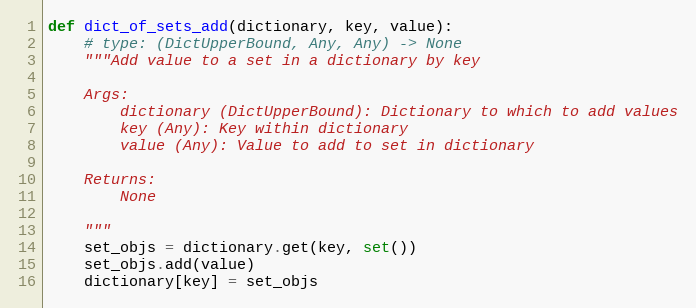
Language: Python
def dict_of_sets_add(dictionary, key, value):
    # type: (DictUpperBound, Any, Any) -> None
    """Add value to a set in a dictionary by key

    Args:
        dictionary (DictUpperBound): Dictionary to which to add values
        key (Any): Key within dictionary
        value (Any): Value to add to set in dictionary

    Returns:
        None

    """
    set_objs = dictionary.get(key, set())
    set_objs.add(value)
    dictionary[key] = set_objs